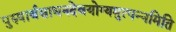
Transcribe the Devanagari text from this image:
पुरुषार्थसाधनदेवयोग्यमुत्पन्नमिति